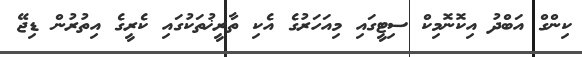
ކިންގް އަބްދު އިކޮނޮމިކް ސިޓީގައި މިއަހަރުގެ އެކި ތާރީޚުތަކުގައި ކެރީގެ އިތުރުން ޑިޖޭ